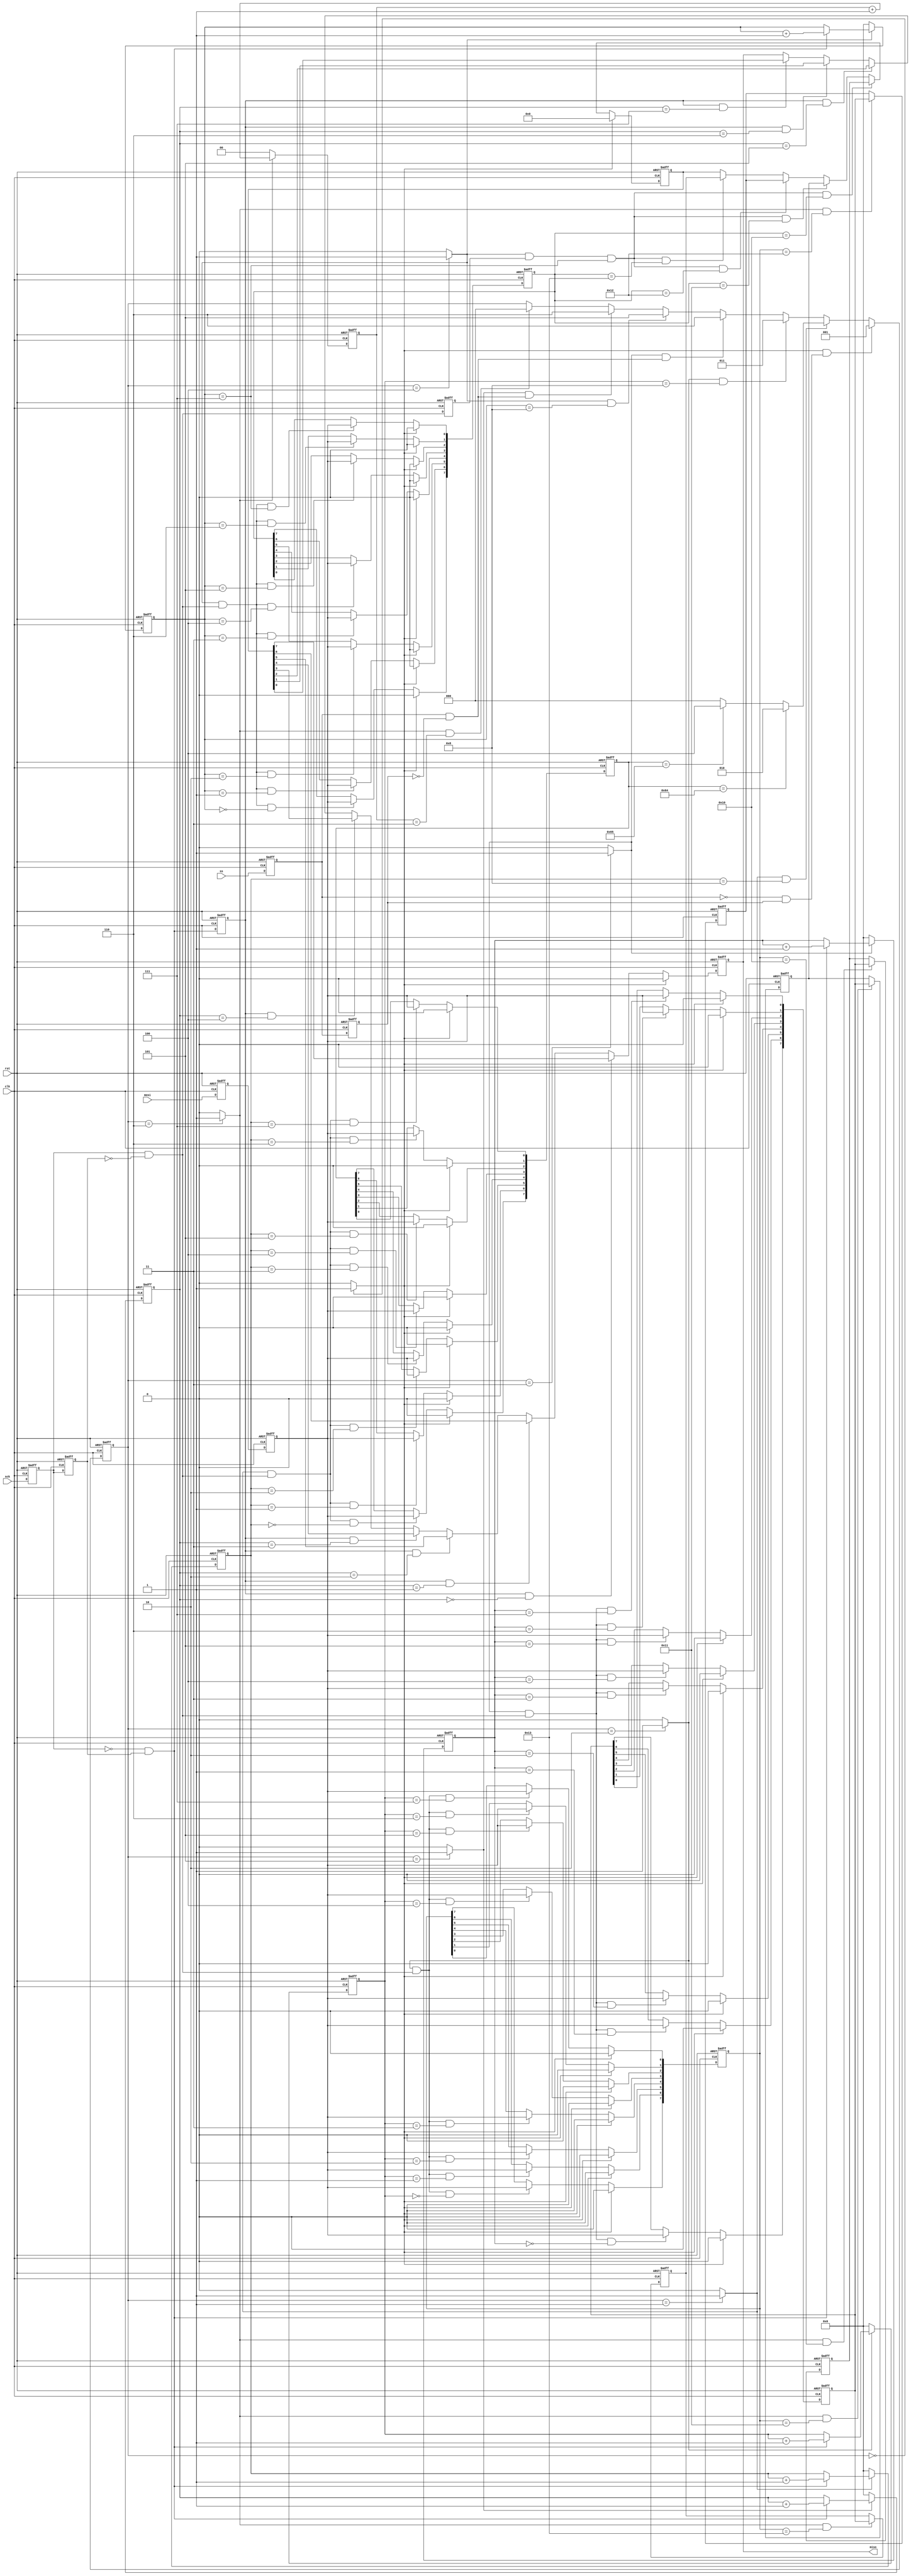
`timescale 1ns / 1ps

`define		rUSER_REG1		8'h10
`define     rUSER_REG2      8'h11
`define     rUSER_REG3      8'h12
`define     rUSER_REG4      8'h13

module spi_slave(
    rst     ,
    clk     ,
    ss      ,
    sck     ,
    mosi    ,
    miso    
);


input       rst     ;
input       clk     ;
input       ss      ;
input       sck     ;
input       mosi    ;
output      miso    ;

//////////////////// DEFINE STATE, FLAG

parameter   SLAVE_IDW   =  8'h64;
parameter   SLAVE_IDR   =  8'h65;

parameter       IDLE    =   3'd0;
parameter       SLAVEID =   3'd1;
parameter       WADDR   =   3'd2;
parameter       WDATA   =   3'd3;
parameter       RADDR   =   3'd4;
parameter       RDATA   =   3'd5;
parameter       DONE    =   3'd6;

reg     [2:0]   s_state;
wire            s_idle    =   (s_state == IDLE    ) ? 1'b1 : 1'b0;
wire            s_slaveid =   (s_state == SLAVEID ) ? 1'b1 : 1'b0;
wire            s_waddr   =   (s_state == WADDR   ) ? 1'b1 : 1'b0;
wire            s_wdata   =   (s_state == WDATA   ) ? 1'b1 : 1'b0;
wire            s_raddr   =   (s_state == RADDR   ) ? 1'b1 : 1'b0;
wire            s_rdata   =   (s_state == RDATA   ) ? 1'b1 : 1'b0;
wire            s_done    =   (s_state == DONE    ) ? 1'b1 : 1'b0;

//////////////////// EDGE DETECTION

reg         ss_1d, ss_2d;
wire        ss_pedge =  ss_1d & ~ss_2d;
wire        ss_nedge = ~ss_1d &  ss_2d;
always @(posedge clk or negedge rst)
    begin
        if(!rst)    begin
            ss_1d <= 1'b1;
            ss_2d <= 1'b1;
        end
        else    begin
            ss_1d <= ss;
            ss_2d <= ss_1d;
        end
    end

reg         sck_1d, sck_2d;
wire        sck_pedge =  sck_1d & ~sck_2d;
wire        sck_nedge = ~sck_1d &  sck_2d;
always @(posedge clk or negedge rst)
    begin
        if(!rst)    begin
            sck_1d <= 1'b0;
            sck_2d <= 1'b0;
        end
        else    begin
            sck_1d <= sck;
            sck_2d <= sck_1d;
        end
    end

reg         mosi_1d, mosi_2d;
always @(posedge clk or negedge rst)
    begin
        if(!rst)    begin
            mosi_1d <= 1'b0;
            mosi_2d <= 1'b0;
        end
        else    begin
            mosi_1d <= mosi;
            mosi_2d <= mosi_1d;
        end
    end    

//////////////////// GET SLAVE ID

reg     [3:0]   sid_sckn_cnt;
always @(posedge clk or negedge rst) 

begin
    if(!rst)    sid_sckn_cnt <= 4'b0;
    else        sid_sckn_cnt <= ~s_slaveid ? 4'b0 : sck_nedge ? (sid_sckn_cnt+1'b1) : sid_sckn_cnt;
end

reg     [7:0]   slave_id;
always @(posedge clk or negedge rst) 
begin
    if(!rst)    slave_id <= 8'b0;
    else    begin
            slave_id[7] <= s_idle ? 1'b0 : (s_slaveid & sck_pedge & (sid_sckn_cnt==4'd0)) ? mosi_2d : slave_id[7]; 
            slave_id[6] <= s_idle ? 1'b0 : (s_slaveid & sck_pedge & (sid_sckn_cnt==4'd1)) ? mosi_2d : slave_id[6]; 
            slave_id[5] <= s_idle ? 1'b0 : (s_slaveid & sck_pedge & (sid_sckn_cnt==4'd2)) ? mosi_2d : slave_id[5]; 
            slave_id[4] <= s_idle ? 1'b0 : (s_slaveid & sck_pedge & (sid_sckn_cnt==4'd3)) ? mosi_2d : slave_id[4]; 
            slave_id[3] <= s_idle ? 1'b0 : (s_slaveid & sck_pedge & (sid_sckn_cnt==4'd4)) ? mosi_2d : slave_id[3]; 
            slave_id[2] <= s_idle ? 1'b0 : (s_slaveid & sck_pedge & (sid_sckn_cnt==4'd5)) ? mosi_2d : slave_id[2]; 
            slave_id[1] <= s_idle ? 1'b0 : (s_slaveid & sck_pedge & (sid_sckn_cnt==4'd6)) ? mosi_2d : slave_id[1]; 
            slave_id[0] <= s_idle ? 1'b0 : (s_slaveid & sck_pedge & (sid_sckn_cnt==4'd7)) ? mosi_2d : slave_id[0]; 
    end    
end

//////////////////// GET WADDRESS

reg     [3:0]   wa_sckn_cnt;
always @(posedge clk or negedge rst) 
begin
    if(!rst)    wa_sckn_cnt <= 4'b0;
    else        wa_sckn_cnt <= ~s_waddr ? 4'b0 : sck_nedge ? (wa_sckn_cnt+1'b1) : wa_sckn_cnt;
end

reg     [7:0]   waddr;
always @(posedge clk or negedge rst) 
begin
    if(!rst)    waddr <= 8'b0;
    else    begin
            waddr[7] <= s_idle ? 1'b0 : (s_waddr & sck_pedge & (wa_sckn_cnt==4'd0)) ? mosi_2d : waddr[7]; 
            waddr[6] <= s_idle ? 1'b0 : (s_waddr & sck_pedge & (wa_sckn_cnt==4'd1)) ? mosi_2d : waddr[6]; 
            waddr[5] <= s_idle ? 1'b0 : (s_waddr & sck_pedge & (wa_sckn_cnt==4'd2)) ? mosi_2d : waddr[5]; 
            waddr[4] <= s_idle ? 1'b0 : (s_waddr & sck_pedge & (wa_sckn_cnt==4'd3)) ? mosi_2d : waddr[4]; 
            waddr[3] <= s_idle ? 1'b0 : (s_waddr & sck_pedge & (wa_sckn_cnt==4'd4)) ? mosi_2d : waddr[3]; 
            waddr[2] <= s_idle ? 1'b0 : (s_waddr & sck_pedge & (wa_sckn_cnt==4'd5)) ? mosi_2d : waddr[2]; 
            waddr[1] <= s_idle ? 1'b0 : (s_waddr & sck_pedge & (wa_sckn_cnt==4'd6)) ? mosi_2d : waddr[1]; 
            waddr[0] <= s_idle ? 1'b0 : (s_waddr & sck_pedge & (wa_sckn_cnt==4'd7)) ? mosi_2d : waddr[0]; 
    end    
end

//////////////////// GET WDATA

reg     [3:0]   wd_sckn_cnt;
always @(posedge clk or negedge rst) 
begin
    if(!rst)    wd_sckn_cnt <= 4'b0;
    else        wd_sckn_cnt <= ~s_wdata ? 4'b0 : sck_nedge ? (wd_sckn_cnt+1'b1) : wd_sckn_cnt;
end

reg     [7:0]   wdata;
always @(posedge clk or negedge rst) 
begin
    if(!rst)    wdata <= 8'b0;
    else    begin
            wdata[7] <= s_idle ? 1'b0 : (s_wdata & sck_pedge & (wd_sckn_cnt==4'd0)) ? mosi_2d : wdata[7]; 
            wdata[6] <= s_idle ? 1'b0 : (s_wdata & sck_pedge & (wd_sckn_cnt==4'd1)) ? mosi_2d : wdata[6]; 
            wdata[5] <= s_idle ? 1'b0 : (s_wdata & sck_pedge & (wd_sckn_cnt==4'd2)) ? mosi_2d : wdata[5]; 
            wdata[4] <= s_idle ? 1'b0 : (s_wdata & sck_pedge & (wd_sckn_cnt==4'd3)) ? mosi_2d : wdata[4]; 
            wdata[3] <= s_idle ? 1'b0 : (s_wdata & sck_pedge & (wd_sckn_cnt==4'd4)) ? mosi_2d : wdata[3]; 
            wdata[2] <= s_idle ? 1'b0 : (s_wdata & sck_pedge & (wd_sckn_cnt==4'd5)) ? mosi_2d : wdata[2]; 
            wdata[1] <= s_idle ? 1'b0 : (s_wdata & sck_pedge & (wd_sckn_cnt==4'd6)) ? mosi_2d : wdata[1]; 
            wdata[0] <= s_idle ? 1'b0 : (s_wdata & sck_pedge & (wd_sckn_cnt==4'd7)) ? mosi_2d : wdata[0]; 
    end    
end

//////////////////// GET RADDR

reg     [3:0]   ra_sckn_cnt;
always @(posedge clk or negedge rst) 
begin
    if(!rst)    ra_sckn_cnt <= 4'b0;
    else        ra_sckn_cnt <= ~s_raddr ? 4'b0 : sck_nedge ? (ra_sckn_cnt+1'b1) : ra_sckn_cnt;
end

reg     [7:0]   raddr;
always @(posedge clk or negedge rst) 
begin
    if(!rst)    raddr <= 8'b0;
    else    begin
            raddr[7] <= s_idle ? 1'b0 : (s_raddr & sck_pedge & (ra_sckn_cnt==4'd0)) ? mosi_2d : raddr[7]; 
            raddr[6] <= s_idle ? 1'b0 : (s_raddr & sck_pedge & (ra_sckn_cnt==4'd1)) ? mosi_2d : raddr[6]; 
            raddr[5] <= s_idle ? 1'b0 : (s_raddr & sck_pedge & (ra_sckn_cnt==4'd2)) ? mosi_2d : raddr[5]; 
            raddr[4] <= s_idle ? 1'b0 : (s_raddr & sck_pedge & (ra_sckn_cnt==4'd3)) ? mosi_2d : raddr[4]; 
            raddr[3] <= s_idle ? 1'b0 : (s_raddr & sck_pedge & (ra_sckn_cnt==4'd4)) ? mosi_2d : raddr[3]; 
            raddr[2] <= s_idle ? 1'b0 : (s_raddr & sck_pedge & (ra_sckn_cnt==4'd5)) ? mosi_2d : raddr[2]; 
            raddr[1] <= s_idle ? 1'b0 : (s_raddr & sck_pedge & (ra_sckn_cnt==4'd6)) ? mosi_2d : raddr[1]; 
            raddr[0] <= s_idle ? 1'b0 : (s_raddr & sck_pedge & (ra_sckn_cnt==4'd7)) ? mosi_2d : raddr[0]; 
    end    
end

//////////////////// GET RDATA

reg     [3:0]   rd_sckn_cnt;
always @(posedge clk or negedge rst) 
begin
    if(!rst)    rd_sckn_cnt <= 4'b0;
    else        rd_sckn_cnt <= ~s_rdata ? 4'b0 : sck_nedge ? (rd_sckn_cnt+1'b1) : rd_sckn_cnt;
end

reg     s_raddr_1d, s_raddr_2d;
wire    s_raddr_nedge = ~s_raddr_1d & s_raddr_2d;
always @(posedge clk or negedge rst)
begin
    if(!rst)    begin
        s_raddr_1d <= 1'b0;
        s_raddr_2d <= 1'b0;
    end
    else    begin
        s_raddr_1d <= s_raddr;
        s_raddr_2d <= s_raddr_1d;
    end
end    

reg             sck_nedge_1d;
always @(posedge clk or negedge rst)
begin
    if(!rst)    sck_nedge_1d <= 1'b0;
    else        sck_nedge_1d <= sck_nedge;
end    

reg             sck_pedge_1d;
always @(posedge clk or negedge rst)
begin
    if(!rst)    sck_pedge_1d <= 1'b0;
    else        sck_pedge_1d <= sck_pedge;
end    

reg     [7:0]   rdata;
reg             miso;
always @(posedge clk or negedge rst) 
begin
    if(!rst)    miso <= 1'b0;
    else        miso <= s_idle ? 1'b0 :
                        (sck_nedge_1d & (rd_sckn_cnt==5'd0 )) ? rdata[7] :
                        (sck_nedge_1d & (rd_sckn_cnt==5'd1 )) ? rdata[6] :
                        (sck_nedge_1d & (rd_sckn_cnt==5'd2 )) ? rdata[5] :
                        (sck_nedge_1d & (rd_sckn_cnt==5'd3 )) ? rdata[4] :
                        (sck_nedge_1d & (rd_sckn_cnt==5'd4 )) ? rdata[3] :
                        (sck_nedge_1d & (rd_sckn_cnt==5'd5 )) ? rdata[2] :
                        (sck_nedge_1d & (rd_sckn_cnt==5'd6 )) ? rdata[1] :
                        (sck_nedge_1d & (rd_sckn_cnt==5'd7 )) ? rdata[0] :  miso;
end

//////////////////// DONE COUNTER

reg     [1:0]   done_cnt;
always @(posedge clk or negedge rst) 
begin
    if(!rst)    done_cnt <= 2'b0;
    else        done_cnt <= ~s_done ? 2'b0 : done_cnt+1'b1;
end

//////////////////// STATE TRANSITION

always @(posedge clk or negedge rst) 
begin
    if(!rst)    begin
                s_state <= 3'h0;
    end
    else        begin
                s_state <=  (s_idle     &   ss_nedge            ) ? SLAVEID :
                            (s_slaveid  &   (sid_sckn_cnt==4'd8)) ? ((slave_id==SLAVE_IDW) ? WADDR : (slave_id==SLAVE_IDR) ? RADDR : IDLE) :
                            (s_waddr    &   (wa_sckn_cnt==4'd8 )) ? WDATA   :
                            (s_wdata    &   ss_pedge            ) ? DONE    :
                            (s_raddr    &   (ra_sckn_cnt==4'd8) ) ? RDATA   :
                            (s_rdata    &   ss_pedge            ) ? DONE    :
                            (s_done     &   (done_cnt==2'd3)    ) ? IDLE    :   s_state;
    end    
end

//////////////////// STORE WDATA to REGISTER

reg     [7:0]   user_reg1, user_reg2, user_reg3, user_reg4;
always @(posedge clk or negedge rst) 
begin
    if(!rst)    begin
                user_reg1 <= 8'b0;
                user_reg2 <= 8'b0;
                user_reg3 <= 8'b0;
                user_reg4 <= 8'b0;
    end
    else        begin
                user_reg1 <= (s_done & (waddr==`rUSER_REG1)) ? wdata : user_reg1;
                user_reg2 <= (s_done & (waddr==`rUSER_REG2)) ? wdata : user_reg2;
                user_reg3 <= (s_done & (waddr==`rUSER_REG3)) ? wdata : user_reg3;
                user_reg4 <= (s_done & (waddr==`rUSER_REG4)) ? wdata : user_reg4;
    end    
end

always @(posedge clk or negedge rst) 
begin
    if(!rst)    rdata <= 16'b0;
    else        rdata <= s_idle ? 16'b0 :
                        (s_raddr & sck_pedge_1d & (ra_sckn_cnt==4'd7) & (raddr == `rUSER_REG1)) ? user_reg1 :    
                        (s_raddr & sck_pedge_1d & (ra_sckn_cnt==4'd7) & (raddr == `rUSER_REG2)) ? user_reg2 :    
                        (s_raddr & sck_pedge_1d & (ra_sckn_cnt==4'd7) & (raddr == `rUSER_REG3)) ? user_reg3 :    
                        (s_raddr & sck_pedge_1d & (ra_sckn_cnt==4'd7) & (raddr == `rUSER_REG4)) ? user_reg4 :   rdata; 
end

endmodule